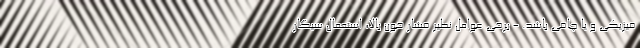
فیزیکی و یا چاقی باشد. - برخی عوامل نظیر فشار خون بالا، استعمال سیگار